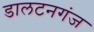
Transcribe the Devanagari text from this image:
डालटनगंज